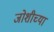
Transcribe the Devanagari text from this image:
जोशीच्या